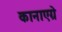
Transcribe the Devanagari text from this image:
कानाएग्रे